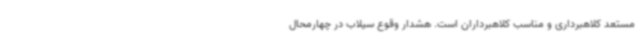
مستعد کلاهبرداری و مناسب کلاهبرداران است. هشدار وقوع سیلاب در چهارمحال